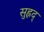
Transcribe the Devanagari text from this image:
सुह्रद्